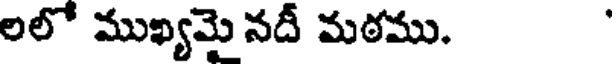
లలో ముఖ్యమై నదీ మఠము.